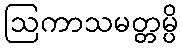
ဩကာသမတ္တမ္ပိ